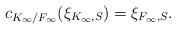
LaTeX: \begin{align*} c_{K_{\infty}/F_{\infty}}(\xi_{K_{\infty},S})=\xi_{F_{\infty},S}.\end{align*}